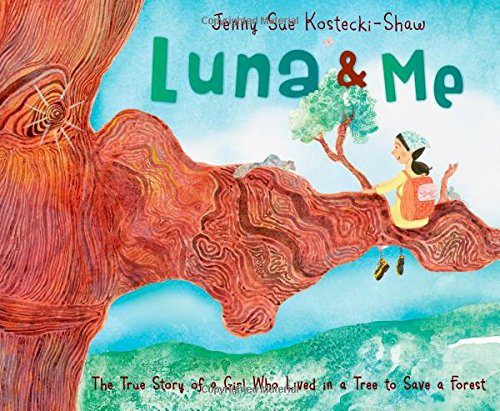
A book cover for Luna & Me: The True Story of a Girl Who Lived in a Tree to Save a Forest; Jenny Sue Kostecki-Shaw; Children's Books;